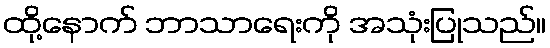
ထို့နောက် ဘာသာရေးကို အသုံးပြုသည်။